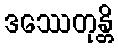
ဒဿေတုန္တိ